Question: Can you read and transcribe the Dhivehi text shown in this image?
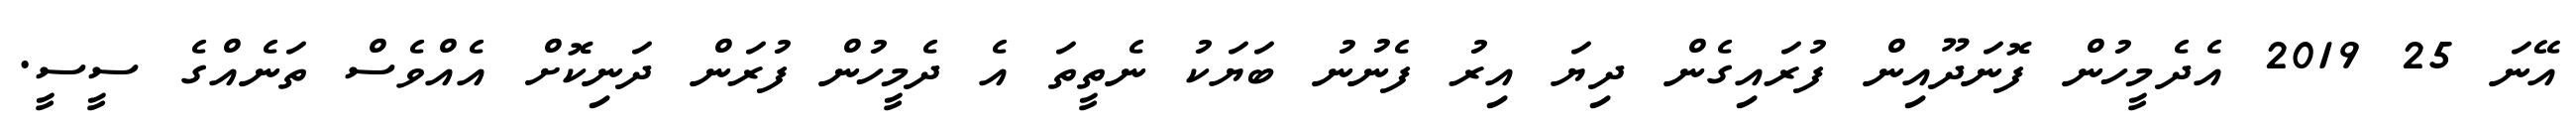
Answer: އޭނަ 25 2019 އެދެމީހުން ފޮނަދޫއިން ފުރައިގެން ދިޔަ އިރު ފެނުނު ބަޔަކު ނެތީތަ އެ ދެމީހުން ފުރަން ދަނިކޮށް އެއްވެސް ތަނެއްގެ ސީސީ.